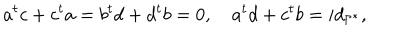
LaTeX: a ^ { t } c + c ^ { t } a = b ^ { t } d + d ^ { t } b = 0 , \quad a ^ { t } d + c ^ { t } b = i d _ { \Gamma ^ { * } } ,